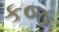
કજ